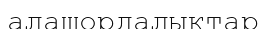
алашордалықтар